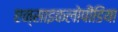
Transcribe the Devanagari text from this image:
एन्साइकलोपीडिया